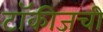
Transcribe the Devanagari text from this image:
टॉकीजची